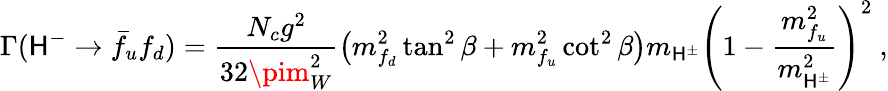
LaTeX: \Gamma(\mathsf{H}^{-}\to\bar{{f}}_{u}f_{d})=\frac{{N_{c}g^{2}}}{{32\pim_{W}^{2}}}\left(m_{f_{d}}^{2}\tan^{2}\beta+m_{f_{u}}^{2}\cot^{2}\beta\right)m_{\mathsf{H}^{\pm}}\left(1-\frac{{m_{f_{u}}^{2}}}{{m_{\mathsf{H}^{\pm}}^{2}}}\right)^{2}\ ,